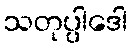
သတုပ္ပါဒေါ